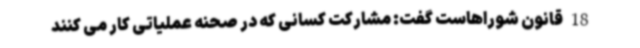
18 قانون شوراهاست گفت: مشارکت کسانی که در صحنه عملیاتی کار می کنند